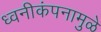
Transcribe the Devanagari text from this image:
ध्वनीकंपनामुळे